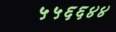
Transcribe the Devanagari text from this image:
५५६६४४